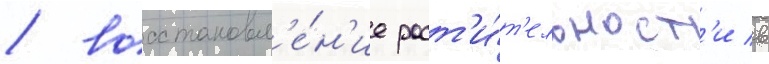
/ восстановл'е́н'ие раст'и́т'ельност'и в